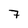
Character: 7